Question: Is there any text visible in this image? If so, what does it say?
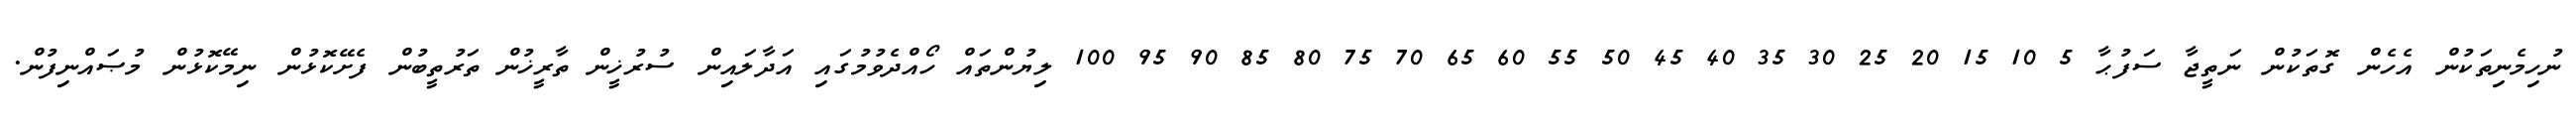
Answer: ނުހިމެނިތަކުން އެހެން ގޮތަކުން ނަތީޖާ ސަފުޙާ 5 10 15 20 25 30 35 40 45 50 55 60 65 70 75 80 85 90 95 100 ލިޔުންތައް ހޯއްދެވުމުގައި އަދާލައިން ސުރުޚީން ތާރީޚުން ތަރުތީބުން ފެށޭކޮޅުން ނިމޭކޮޅުން މުޞައްނިފުން.